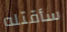
سأقتله